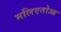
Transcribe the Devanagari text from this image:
मलिएतोआ